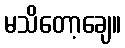
မသိတော့ချေ။